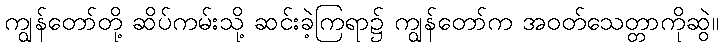
ကျွန်တော်တို့ ဆိပ်ကမ်းသို့ ဆင်းခဲ့ကြရာ၌ ကျွန်တော်က အဝတ်သေတ္တာကိုဆွဲ။